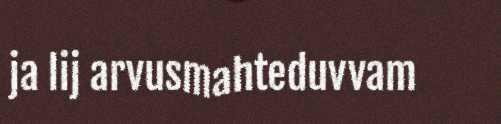
ja lij arvusmahteduvvam